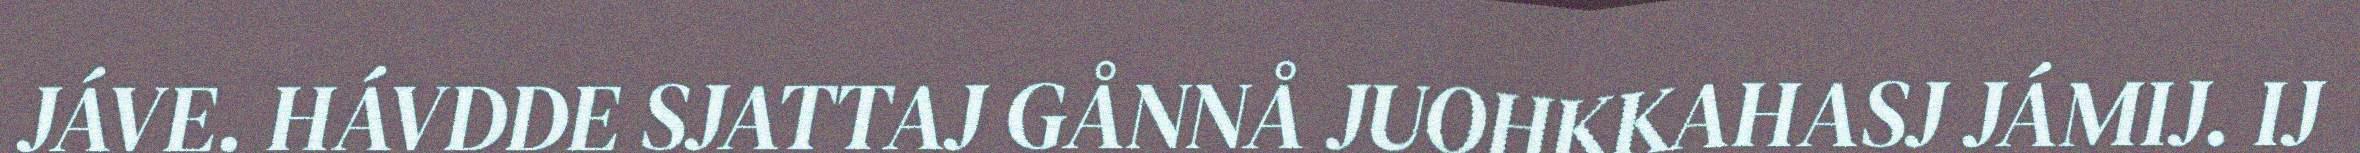
JÁVE. HÁVDDE SJATTAJ GÅNNÅ JUOHKKAHASJ JÁMIJ. IJ